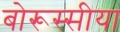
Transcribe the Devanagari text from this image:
बोरूस्सीया